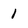
Character: 1